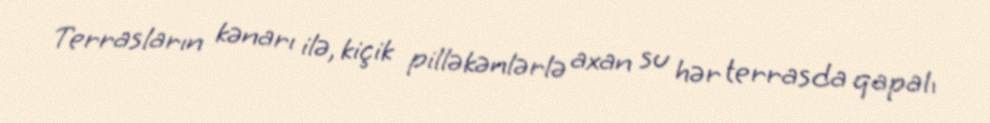
Terrasların kənarı ilə, kiçik pilləkənlərlə axan su hər terrasda qapalı